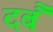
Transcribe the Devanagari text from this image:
दबैं